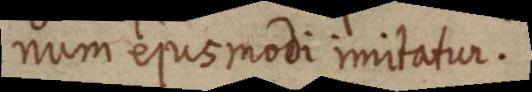
num ejusmodi imitatur.